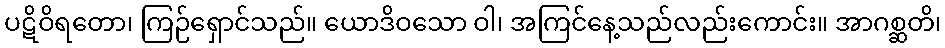
ပဋိဝိရတော၊ ကြဉ်ရှောင်သည်။ ယောဒိဝသော ဝါ၊ အကြင်နေ့သည်လည်းကောင်း။ အာဂစ္ဆတိ၊